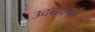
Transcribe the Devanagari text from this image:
उदयवर्मा